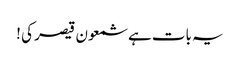
یہ بات ہے شمعون قیصر کی !